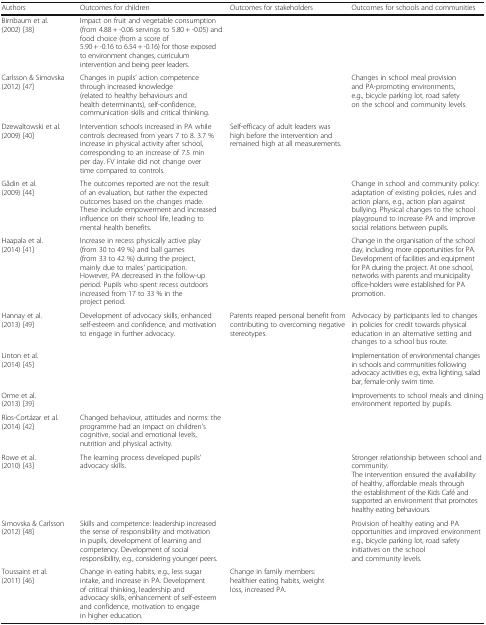
<table><thead><tr><td><b>Authors</b></td><td><b>Outcomes for children</b></td><td><b>Outcomes for stakeholders</b></td><td><b>Outcomes for schools and communities</b></td></tr></thead><tbody><tr><td>Birnbaum et al. (2002) [38]</td><td>Impact on fruit and vegetable consumption (from 4.88 + -0.06 servings to 5.80 + -0.05) and food choice (from a score of 5.90 + -0.16 to 6.54 + -0.16) for those exposed to environment changes, curriculum intervention and being peer leaders.</td><td></td><td></td></tr><tr><td>Carlsson &amp; Simovska (2012) [47]</td><td>Changes in pupils’ action competence through increased knowledge (related to healthy behaviours and health determinants), self-confidence, communication skills and critical thinking.</td><td></td><td>Changes in school meal provision and PA-promoting environments, e.g., bicycle parking lot, road safety on the school and community levels.</td></tr><tr><td>Dzewaltowski et al. (2009) [40]</td><td>Intervention schools increased in PA while controls decreased from years 7 to 8. 3.7 % increase in physical activity after school, corresponding to an increase of 7.5 min per day. FV intake did not change over time compared to controls.</td><td>Self-efficacy of adult leaders was high before the intervention and remained high at all measurements.</td><td></td></tr><tr><td>Gådin et al. (2009) [44]</td><td>The outcomes reported are not the result of an evaluation, but rather the expected outcomes based on the changes made. These include empowerment and increased influence on their school life, leading to mental health benefits.</td><td></td><td>Change in school and community policy: adaptation of existing policies, rules and action plans, e.g., action plan against bullying. Physical changes to the school playground to increase PA and improve social relations between pupils.</td></tr><tr><td>Haapala et al. (2014) [41]</td><td>Increase in recess physically active play (from 30 to 49 %) and ball games (from 33 to 42 %) during the project, mainly due to males’ participation. However, PA decreased in the follow-up period. Pupils who spent recess outdoors increased from 17 to 33 % in the project period.</td><td></td><td>Change in the organisation of the school day, including more opportunities for PA. Development of facilities and equipment for PA during the project. At one school, networks with parents and municipality office-holders were established for PA promotion.</td></tr><tr><td>Hannay et al. (2013) [49]</td><td>Development of advocacy skills, enhanced self-esteem and confidence, and motivation to engage in further advocacy.</td><td>Parents reaped personal benefit from contributing to overcoming negative stereotypes.</td><td>Advocacy by participants led to changes in policies for credit towards physical education in an alternative setting and changes to a school bus route.</td></tr><tr><td>Linton et al. (2014) [45]</td><td></td><td></td><td>Implementation of environmental changes in schools and communities following advocacy activities e.g., extra lighting, salad bar, female-only swim time.</td></tr><tr><td>Orme et al. (2013) [39]</td><td></td><td></td><td>Improvements to school meals and dining environment reported by pupils.</td></tr><tr><td>Ríos-Cortázar et al. (2014) [42]</td><td>Changed behaviour, attitudes and norms: the programme had an impact on children’s cognitive, social and emotional levels, nutrition and physical activity.</td><td></td><td></td></tr><tr><td>Rowe et al. (2010) [43]</td><td>The learning process developed pupils’ advocacy skills.</td><td></td><td>Stronger relationship between school and community.The intervention ensured the availability of healthy, affordable meals through the establishment of the Kids Café and supported an environment that promotes healthy eating behaviours.</td></tr><tr><td>Simovska &amp; Carlsson (2012) [48]</td><td>Skills and competence: leadership increased the sense of responsibility and motivation in pupils, development of learning and competency. Development of social responsibility, e.g., considering younger peers.</td><td></td><td>Provision of healthy eating and PA opportunities and improved environment e.g., bicycle parking lot, road safety initiatives on the school and community levels.</td></tr><tr><td>Toussaint et al. (2011) [46]</td><td>Change in eating habits, e.g., less sugar intake, and increase in PA. Development of critical thinking, leadership and advocacy skills, enhancement of self-esteem and confidence, motivation to engage in higher education.</td><td>Change in family members: healthier eating habits, weight loss, increased PA.</td><td></td></tr></tbody></table>